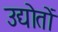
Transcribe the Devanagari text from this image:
उद्योतों